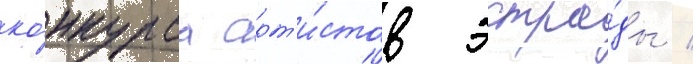
ко́нкурса арт'и́стов эстра́ды /